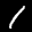
Label: 1